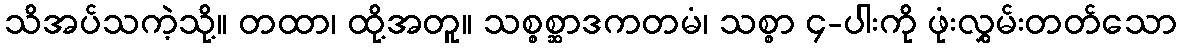
သိအပ်သကဲ့သို့။ တထာ၊ ထို့အတူ။ သစ္စစ္ဆာဒကတမံ၊ သစ္စာ ၄-ပါးကို ဖုံးလွှမ်းတတ်သော